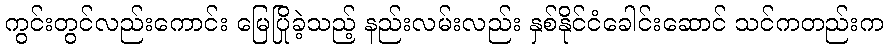
ကွင်းတွင်လည်းကောင်း မြေပြိုခဲ့သည့် နည်းလမ်းလည်း နှစ်နိုင်ငံခေါင်းဆောင် သင်ကတည်းက